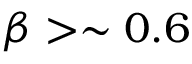
\beta > \sim 0 . 6